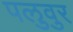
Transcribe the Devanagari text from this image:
पलुवुर